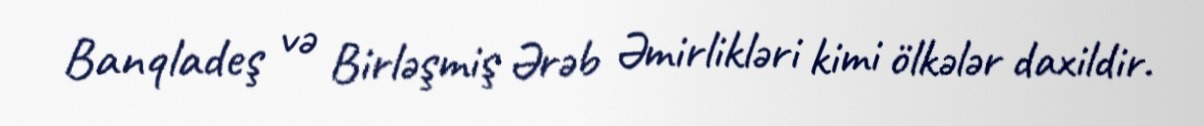
Banqladeş və Birləşmiş Ərəb Əmirlikləri kimi ölkələr daxildir.